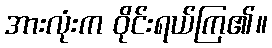
အားလုံးက ဝိုင်းရယ်ကြ၏။